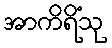
အာကိရိံသု